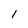
Character: 1